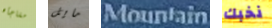
مفاجأه مايل Mountain نخبك